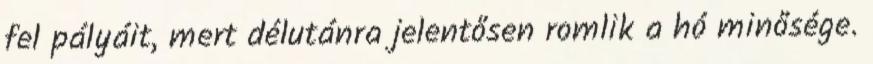
fel pályáit, mert délutánra jelentősen romlik a hó minősége.